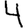
Digit: 4